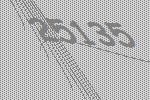
25135